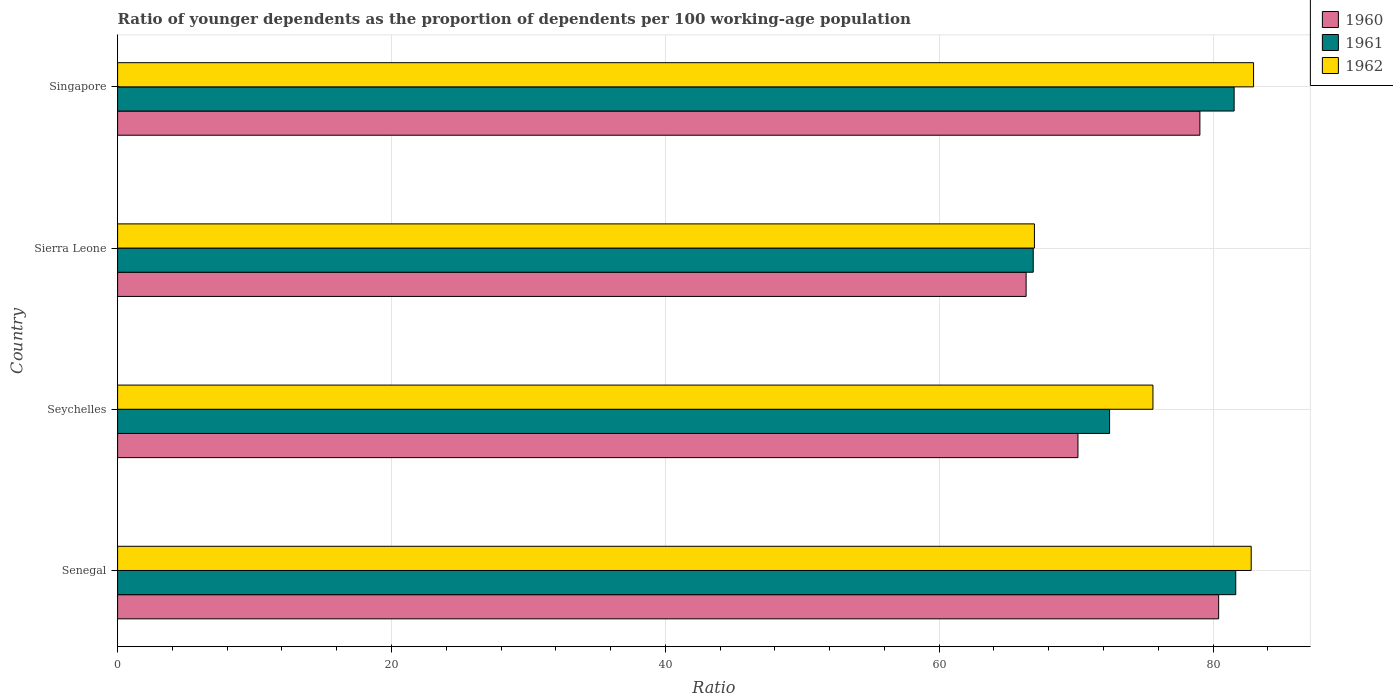
| Country | 1960 | 1961 | 1962 |
 | --- | --- | --- | --- |
 | Senegal | 80.4 | 81.7 | 82.8 |
 | Seychelles | 70.1 | 72.4 | 75.6 |
 | Sierra Leone | 66.4 | 66.9 | 67 |
 | Singapore | 79 | 81.5 | 83 |